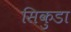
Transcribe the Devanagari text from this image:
सिकुडा